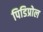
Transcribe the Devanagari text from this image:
पिडिप्रोल